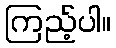
ကြည့်ပါ။